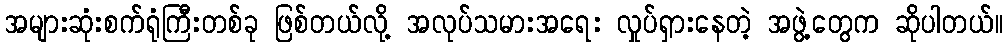
အများဆုံးစက်ရုံကြီးတစ်ခု ဖြစ်တယ်လို့ အလုပ်သမားအရေး လှုပ်ရှားနေတဲ့ အဖွဲ့တွေက ဆိုပါတယ်။